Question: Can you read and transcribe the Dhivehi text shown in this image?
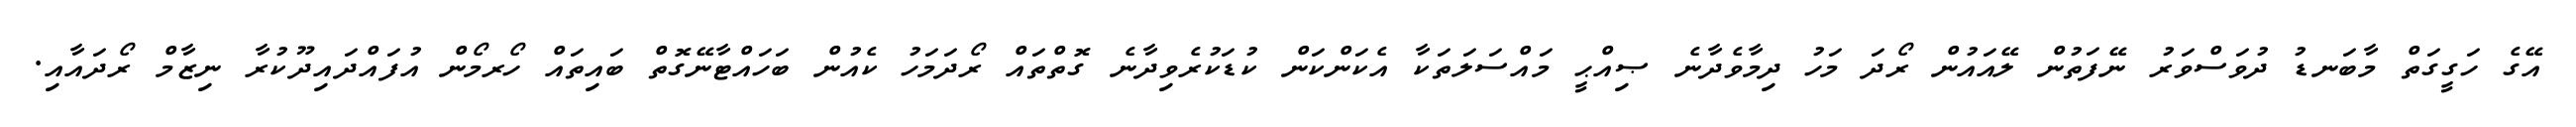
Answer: އޭގެ ހަގީގަތް މާބަނޑު ދުވަސްވަރު ނޭފަތުން ލޭއައުން ރޯދަ މަހު ދިމާވެދާނެ ޞިއްޙީ މައްސަލަތަކާ އެކަންކަން ކުޑަކުރެވިދާނެ ގޮތްތައް ރޯދަމަހު ކެއުން ބަހައްޓާނޭގޮތް ބައިތައް ހޯރމޯން އުފައްދައިދޫކުރާ ނިޒާމް ރޯދައާއި.